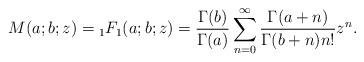
LaTeX: \begin{align*}M (a; b; z) = {_1F_1} (a; b; z) = \frac {\Gamma (b)} {\Gamma (a)} \sum_{n=0}^\infty \frac {\Gamma (a + n)} {\Gamma (b+n) n!} z^n.\end{align*}